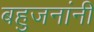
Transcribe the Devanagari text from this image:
बहुजनांनी